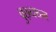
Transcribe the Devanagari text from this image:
वुछ्यथम